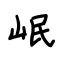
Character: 岷